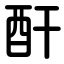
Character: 酐